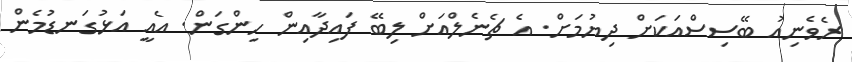
ރެވެނިއު ބޭސިސްއަކަށް ދިޔުމަށް. އެ ޗެނެލްއަށް ލިބޭ ފައިދާއިން ހިންގަން. އެއީ އަޅުގަނޑުމެން